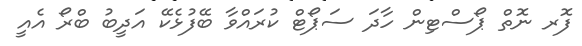
ފޮރ ނޮތް ޕޯސްޓިން ހާދަ ސަޕޯޓް ކުރައްވާ ބޭފުޅެކޭ އަދީބު ބްރޯ އެއީ